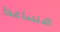
مساعدا